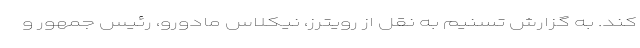
کند. به گزارش تسنیم به نقل از رویترز، نیکلاس مادورو، رئیس جمهور و